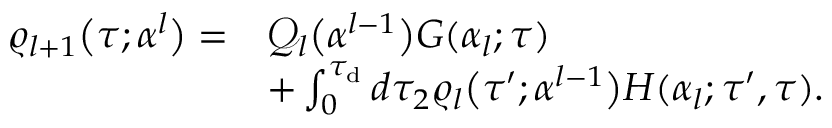
\begin{array} { r l } { \varrho _ { l + 1 } \big ( \tau ; \boldsymbol { \alpha } ^ { l } \big ) = } & { \mathcal { Q } _ { l } \big ( \boldsymbol { \alpha } ^ { l - 1 } \big ) G ( \alpha _ { l } ; \tau ) } \\ & { + \int _ { 0 } ^ { \tau _ { \mathrm { d } } } d \tau _ { 2 } \varrho _ { l } \big ( \tau ^ { \prime } ; \boldsymbol { \alpha } ^ { l - 1 } \big ) H ( \alpha _ { l } ; \tau ^ { \prime } , \tau ) . } \end{array}